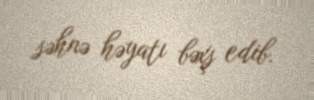
səhnə həyatı bəxş edib.